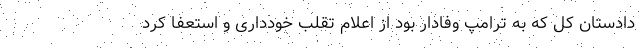
دادستان کل که به ترامپ وفادار بود از اعلام تقلب خودداری و استعفا کرد